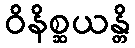
ဝိနိစ္ဆယန္တိ